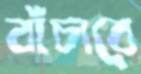
বাঁচাবে